system: You are a helpful assistant.
user:
Analyze the provided spectrum to determine if it is a **Carbon Star (C-type)**.

- **Key Visual Indicators of Carbon Star:**
    - **(Primary):** Strong molecular absorption from **C₂ (diatomic carbon) "Swan Bands."** This is the **defining feature** of a carbon star.
        - **(Key Bandheads):** Sharp absorption edges are visible at approximately $5635$ Å, $5165$ Å (the strongest band), and $4737$ Å.
        - **(Line Profile):** Creates a distinct **"saw-tooth"** pattern. The key morphology is a sharp, steep bandhead on the **red (long-wavelength) side**, which then gradually tapers off (i.e., flux recovers) towards the **blue (short-wavelength) side**. *(This is the direct opposite of the TiO bands seen in M-type stars)*.

    - **(Secondary):** Intense **CN (cyanogen)** molecular absorption bands.
        - **(Key Bandheads):** Located in the blue and violet regions of the spectrum (e.g., near $4215$ Å and $3883$ Å).
        - **(Morphology):** These bands are extremely broad and act as a "blanket," absorbing the vast majority of blue and violet light. This creates a characteristic **"cliff"** or **"steep drop-off"** in the spectrum's flux at short wavelengths.

    - **(Key Confirmation):** Strong **CH absorption band (G-band)**.
        - **(Key Bandhead):** Located around $4300$ Å. The contribution from CH molecules to this band is exceptionally strong.

    - **(Overall Spectrum):**
        - The continuum is severely "chopped up" by these deep molecular bands, especially C₂, rather than appearing as a smooth curve.
        - Due to the heavy CN and C₂ absorption in the blue-green, the vast majority of the star's flux is concentrated in the red part of the spectrum, giving the star its characteristic deep red color.

Think first, call **spectral_visualization_tool** if needed to examine features in detail, then provide your final answer. Your response must adhere to the following strict rules:
1.  **Overall Structure:** Your response must follow the format `<think>...</think> <tool_call>...</tool_call> (if a tool is used) <answer>...</answer>`.
2.  **Tool Usage Constraint:** You may only make **one** tool call per turn.
3.  **Final Answer Format:** In the `<answer>` tag, your conclusion must be inside a `\boxed{}` command (e.g., `\boxed{YES}`), followed by your justification.

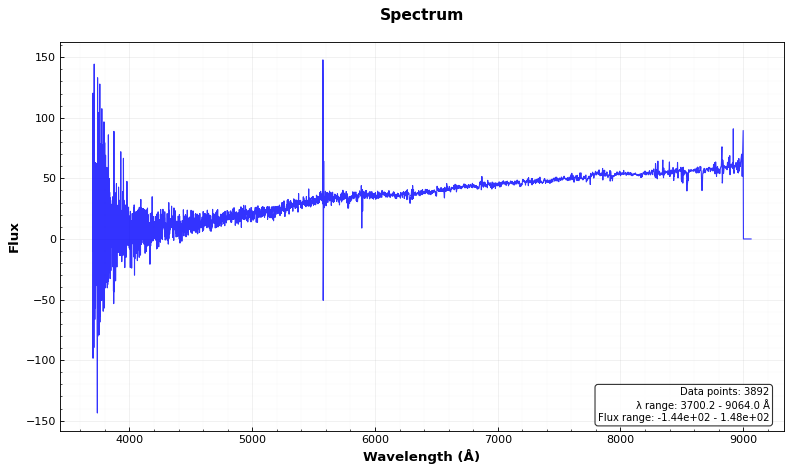
Answer: NO